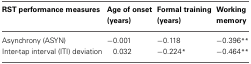
<table><thead><tr><td><b>RST performance measures</b></td><td><b>Age of onset (years)</b></td><td><b>Formal training (years)</b></td><td><b>Working memory</b></td></tr></thead><tbody><tr><td>Asynchrony (ASYN)</td><td>−0.001</td><td>−0.118</td><td>−0.396<sup>**</sup></td></tr><tr><td>Inter-tap interval (ITI) deviation</td><td>0.032</td><td>−0.224<sup>*</sup></td><td>−0.464<sup>**</sup></td></tr></tbody></table>